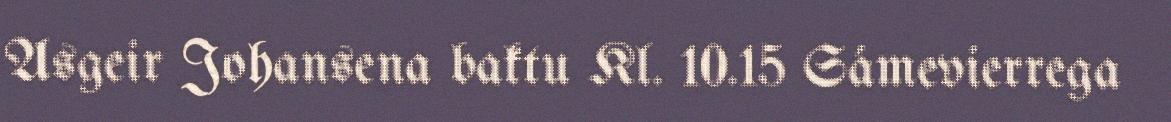
Asgeir Johansena baktu Kl. 10.15 Sámevierrega